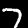
Digit: 7